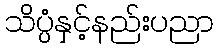
သိပ္ပံနှင့်နည်းပညာ